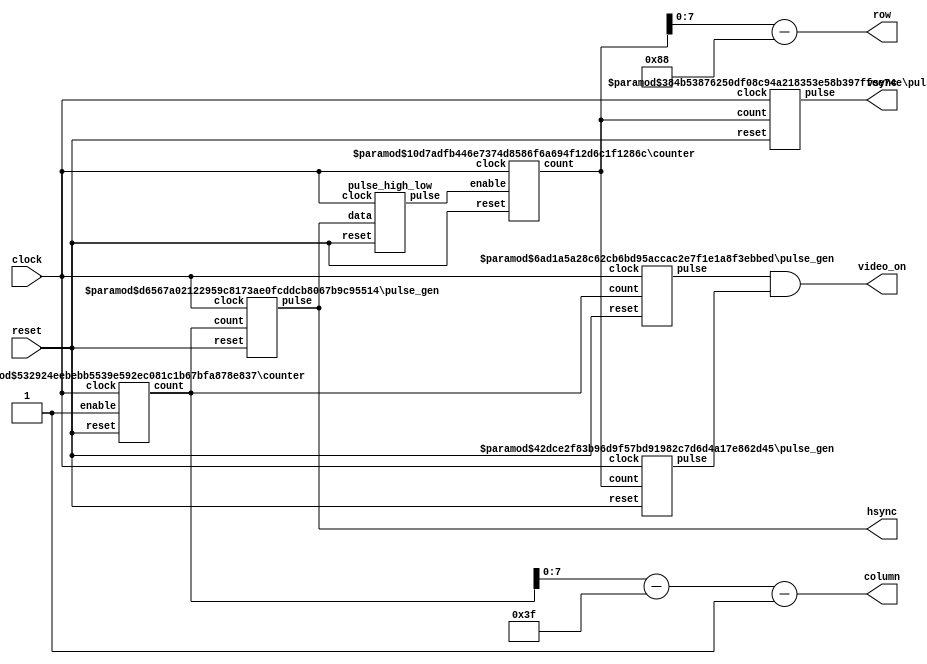
`timescale 1 ns / 100 ps

// Generates VGA control signals for a 256x256 three-bit color framebuffer.
// Horizontal and vertical sync pulse generation is based on an elegant design
// from Jason Stewart of UNC.

module vga_controller( clock, reset, hsync, vsync, row, column, video_on );

   input        clock;     // should be close to the VGA spec's 25.175 MHz
   input        reset;     // active-high, synchronous reset
   output       hsync;     // active-high VGA horizontal sync signal
   output       vsync;     // active-high VGA vertical sync signal
   output [7:0] row;       // framebuffer pixel row address; 0 is the top
   output [7:0] column;    // framebuffer pixel column address; 0 is the left
   output       video_on;  // pixels should be displayed

   // Parameters for horizontal
   localparam HBITS    = 10;     // number of counter bits
   localparam HCOUNT   = 800;    // total pixel count
   localparam HS_START = 8;      // start of hsync pulse
   localparam HS_LEN   = 96;     // length of hsync pulse
   localparam HA_START = 319;    // start of active video
   localparam HA_LEN   = 256;    // length of active video

   // Parameters for vertical
   localparam VBITS    = 10;     // number of counter bits
   localparam VCOUNT   = 525;    // total line count
   localparam VS_START = 2;      // start of vsync pulse
   localparam VS_LEN   = 2;      // length of vsync pulse
   localparam VA_START = 136;    // start of active video
   localparam VA_LEN   = 256;    // length of active video

   wire [HBITS-1:0] hcount;          // horizontal pixel counter
   wire [VBITS-1:0] vcount;          // vertical line counter
   wire             vcount_enable;   // vertical line counter clock enable
   wire             hactive;         // not currently performing horizontal retrace
   wire             vactive;         // not currently performing vertical flyback

   assign column = hcount - HA_START - 1;
   assign row    = vcount - VA_START;

   assign video_on = hactive && vactive;

   // Horizontal sync pulse generation

   counter   #(HBITS, HCOUNT)           h_count(.count(hcount), .enable(1'b1),
                                                .clock(clock), .reset(reset));
   pulse_gen #(HBITS, HS_START, HS_LEN) h_sync(.pulse(hsync), .count(hcount),
                                               .clock(clock), .reset(reset));
   pulse_gen #(HBITS, HA_START, HA_LEN) h_active(.pulse(hactive), .count(hcount),
                                                 .clock(clock), .reset(reset));

   // Vertical sync pulse generation

   pulse_high_low v_pulse(.pulse(vcount_enable), .data(hsync),
                          .clock(clock), .reset(reset));
   counter        #(VBITS, VCOUNT)           v_count(.count(vcount), .enable(vcount_enable),
                                                     .clock(clock), .reset(reset));
   pulse_gen      #(VBITS, VS_START, VS_LEN) v_sync(.pulse(vsync), .count(vcount),
                                                    .clock(clock), .reset(reset));
   pulse_gen      #(VBITS, VA_START, VA_LEN) v_active(.pulse(vactive), .count(vcount),
                                                      .clock(clock), .reset(reset));
				
endmodule

// Implements a clock-enabled counter with the specified number of bits.
// The count value cycles from 0 to TCOUNT and back to 0.

module counter(count, enable, clock, reset);

   parameter N = 8;         // number of bits
   parameter TCOUNT = 255;  // desired terminal count

   output reg [N-1:0] count;
   input              enable;
   input              clock;
   input              reset;

   always @(posedge clock) begin
      if (reset) begin
         count <= 0;
      end
      else begin
         if (enable) begin
            if (count == TCOUNT)
               count <= 0;
            else
               count <= count + 1;
         end
      end
   end

endmodule


// Generates a high output when the count value is in the specified range.

module pulse_gen(pulse, count, clock, reset);

   parameter N = 8;      // number of counter bits
   parameter START = 0;  // start count
   parameter LENGTH = 1; // pulse length (number of cycles)

   output reg    pulse;
   input [N-1:0] count;
   input         clock;
   input         reset;

   always @(posedge clock) begin
      if (reset)
         pulse <= 1'b0;
      else
         pulse <= (count >= START) && (count < (START+LENGTH));
   end

endmodule


// Generates a positive pulse when the there is a high-to-low transition on data.

module pulse_high_low(pulse, data, clock, reset);

   output reg pulse;
   input      data;
   input      clock;
   input      reset;

   reg        prev_data;  // one-cycle delay reg

   always @(posedge clock) begin
      if (reset)
         prev_data <= 1'b0;
      else
         prev_data <= data;
   end

   always @(posedge clock) begin
      if (reset)
         pulse <= 1'b0;
      else
         pulse <= prev_data && (~data);
   end

endmodule